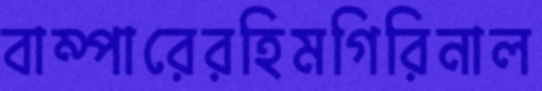
বাম্পারেরহিমগিরিনাল